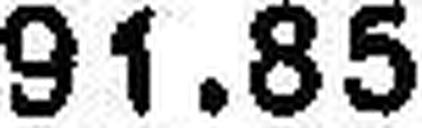
91.85